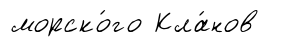
морско́го Кла́нов